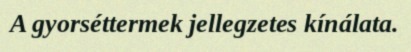
A gyorséttermek jellegzetes kínálata.